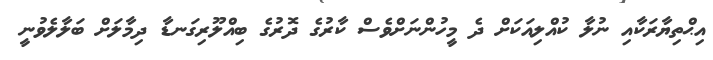
އިޙްތިޔާރަކާއި ނުލާ ކުއްލިއަކަށް ދެ މީހުންނަށްވެސް ކާރުގެ ދޮރުގެ ބިއްލޫރިގަނޑާ ދިމާލަށް ބަލާލެވުނީ